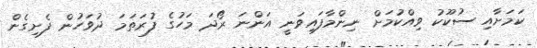
ކަމަށާއި ސުކޫކު ވިއްކުމަށް ނިންމާފައިވަނީ އަންނަ ރޯދަ މަހުގެ ފުރަތަމަ ދުވަހުން ފެށިގެން